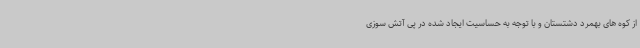
از کوه های بهمرد دشتستان و با توجه به حساسیت ایجاد شده در پی آتش سوزی